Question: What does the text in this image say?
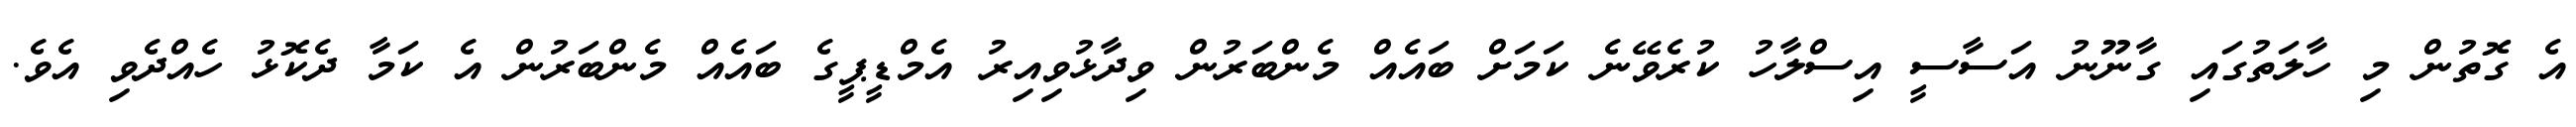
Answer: އެ ގޮތުން މި ހާލަތުގައި ގާނޫނު އަސާސީ އިސްލާހު ކުރެވޭނެ ކަމަށް ބައެއް މެންބަރުން ވިދާޅުވިއިރު އެމްޑީޕީގެ ބައެއް މެންބަރުން އެ ކަމާ ދެކޮޅު ހެއްދެވި އެވެ.